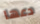
دعها